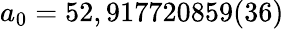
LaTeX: a_{0}=52,917720859(36)